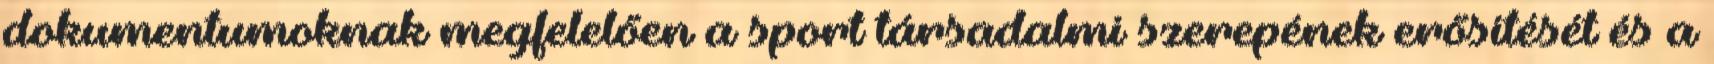
dokumentumoknak megfelelően a sport társadalmi szerepének erősítését és a